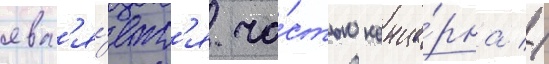
явл'я́етс'я ча́стью конце́рна //